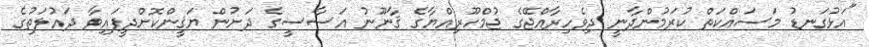
"އަޅުގަނޑު މަސައްކަތް ކުރަމުންދާނީ ދިވެހިރާއްޖޭގެ ޖުމްހޫރިއްޔާގެ ޤާނޫނު އަސާސީގެ ދަށުން ޔަޤީންކޮށްދީފައިވާ ދައުލަތުގެ